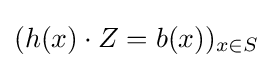
(h(x)\cdot Z=b(x))_{x\in S}